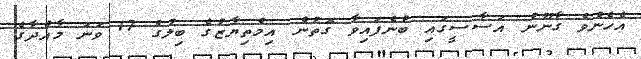
އެހެންވެ ގާނޫނު އަސާސީގައި ބުނެފައިވާ ގޮތުން އިމްތިޔާޒުގެ ބިލުގެ 17 ވަނަ މާއްދާގެ